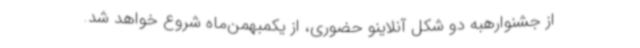
از جشنوارهبه دو شکل آنلاینو حضوری، از یکمبهمن‌ماه شروع خواهد شد.